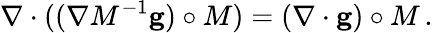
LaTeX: \nabla\cdot((\nabla M^{-1}\mathbf{g})\circ M)=(\nabla\cdot\mathbf{g})\circ M\, .